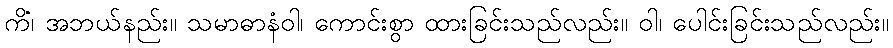
ကိံ၊ အဘယ်နည်း။ သမာဓာနံဝါ၊ ကောင်းစွာ ထားခြင်းသည်လည်း။ ဝါ၊ ပေါင်းခြင်းသည်လည်း။